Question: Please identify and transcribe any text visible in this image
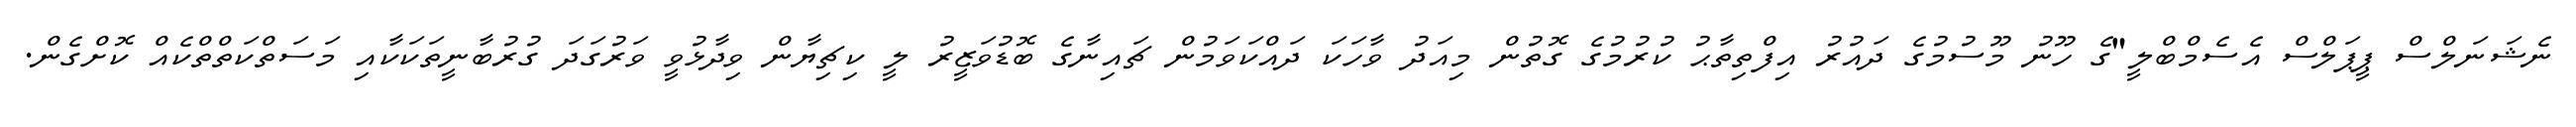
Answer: ނެޝަނަލްސް ޕީޕަލްސް އެސެމްބްލީ"ގެ ހޫނު މޫސުމުގެ ދައުރު އިފްތިތާޙު ކުރުމުގެ ގޮތުން މިއަދު ވާހަކަ ދައްކަވަމުން ޗައިނާގެ ބޮޑުވަޒީރު ލީ ކިޗިޔާން ވިދާޅުވީ ވަރުގަދަ ގުރުބާނީތަކަކާއި މަސަތްކަތްތްކެއް ކޮށްގެން.